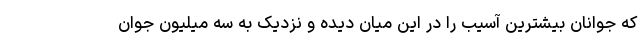
که جوانان بیشترین آسیب را در این میان دیده و نزدیک به سه میلیون جوان